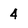
Character: 4